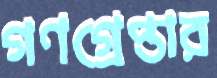
গণগ্রেপ্তার